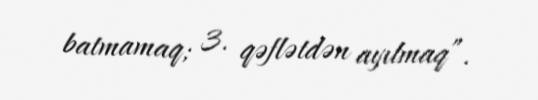
batmamaq; 3. qəflətdən ayılmaq”.